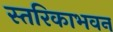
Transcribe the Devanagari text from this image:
स्तरिकाभवन